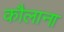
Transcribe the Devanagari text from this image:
कौलाना